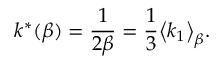
k ^ { * } ( \beta ) = \frac { 1 } { 2 \beta } = \frac { 1 } { 3 } \big < k _ { 1 } \big > _ { \beta } .